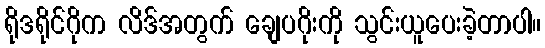
ရိုဒရိုင်ဂိုက လိဒ်အတွက် ချေပဂိုးကို သွင်းယူပေးခဲ့တာပါ။